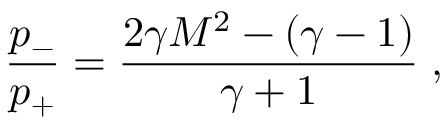
{ \frac { p _ { - } } { p _ { + } } } = { \frac { 2 \gamma M ^ { 2 } - ( \gamma - 1 ) } { \gamma + 1 } } \; ,